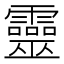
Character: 靈